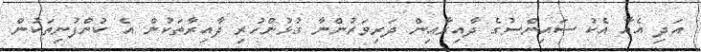
އަދި އެއާ އެކު ސައިންސުގެ ދާއިރާއިން ދަރިވަރުންނާ ގުޅުންހުރި ދާއިރާތަކުން އެ ކުންފުނިތަކުން